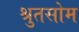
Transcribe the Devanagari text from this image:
श्रुतसोम